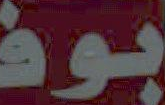
بوفـ